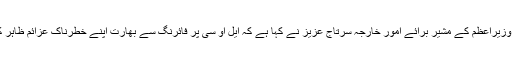
2015ء) وزیراعظم کے مشیر برائے امور خارجہ سرتاج عزیز نے کہا ہے کہ ایل او سی پر فائرنگ سے بھارت اپنے خطرناک عزائم ظاہر کررہا ہے۔